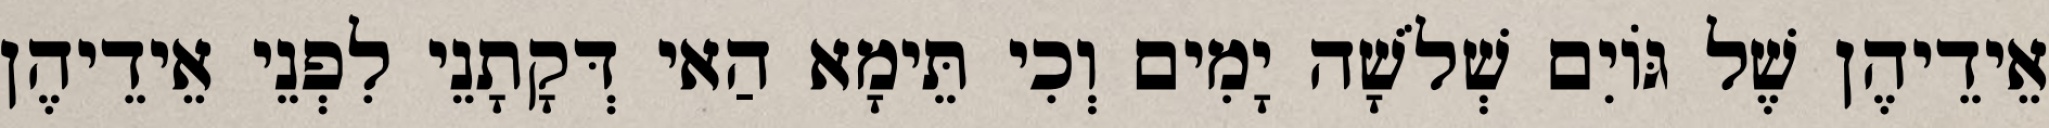
אֵידֵיהֶן שֶׁל גּוֹיִם שְׁלֹשָׁה יָמִים וְכִי תֵּימָא הַאי דְּקָתָנֵי לִפְנֵי אֵידֵיהֶן